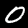
Digit: 0